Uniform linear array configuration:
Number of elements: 64
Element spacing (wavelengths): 0.75
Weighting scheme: exponential
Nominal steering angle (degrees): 30
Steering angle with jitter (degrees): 29.761
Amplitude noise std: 0.05
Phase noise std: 0.05

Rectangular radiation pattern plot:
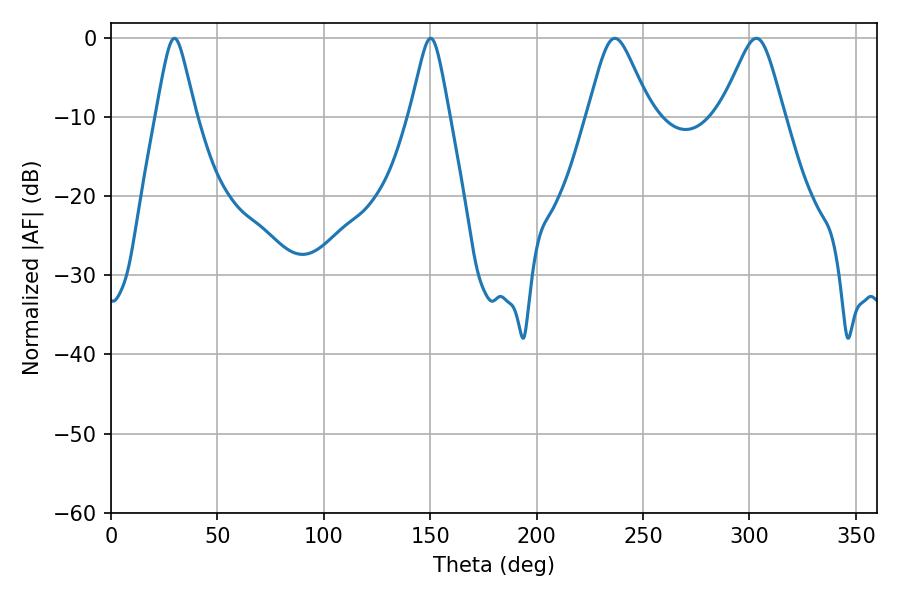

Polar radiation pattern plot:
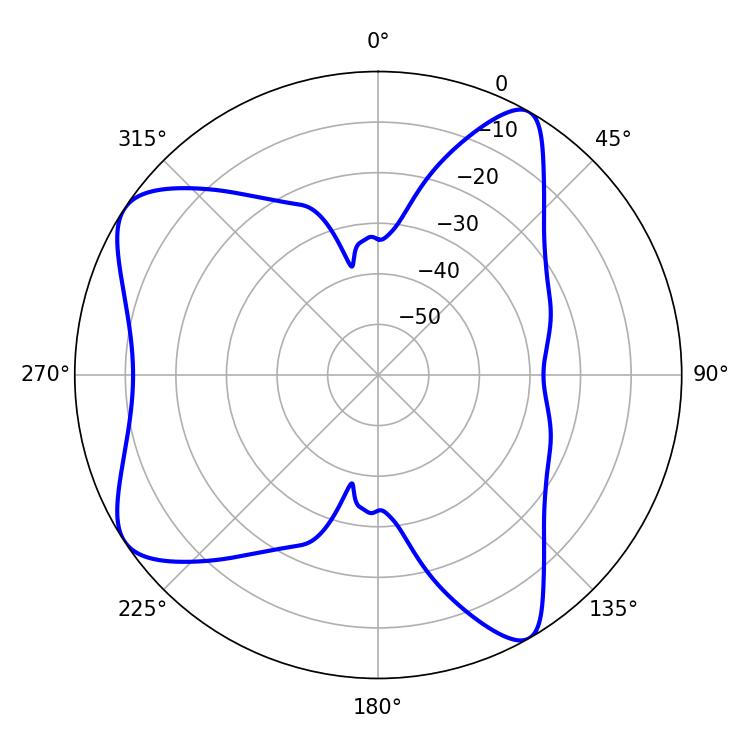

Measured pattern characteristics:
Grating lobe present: TRUE
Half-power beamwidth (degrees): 14.22
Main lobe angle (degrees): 236.7